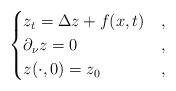
LaTeX: \begin{align*} \begin{cases} z_t = \Delta z + f(x, t) & , \\ \partial_\nu z = 0 & , \\ z(\cdot, 0) = z_0 & , \end{cases}\end{align*}